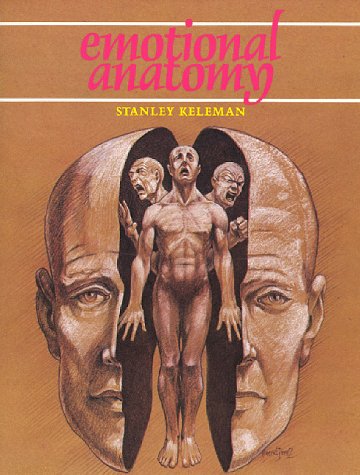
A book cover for Emotional Anatomy; Stanley Keleman; Medical Books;